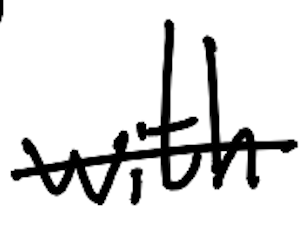
Text: with
Cross-out: single-line
Writing tool: digital_black